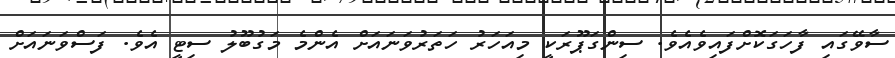
ސާވޭގައި ފާހަގަކޮށްފައިވެއެވެ. ސިންގަޕޫރަކީ މިއަހަރު ހަތަރުވަނައަށް އެންމެ މަގުބޫލު ސިޓީ އެވެ. ފަސްވަނައަށް